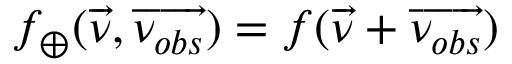
f _ { \oplus } ( \overrightarrow { \nu } , \overrightarrow { \nu _ { o b s } } ) = f ( \overrightarrow { \nu } + \overrightarrow { \nu _ { o b s } } )